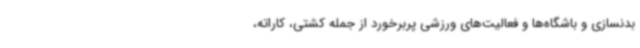
بدنسازی و باشگاه‌ها و فعالیت‌های ورزشی پربرخورد از جمله کشتی، کاراته،